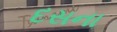
દસના